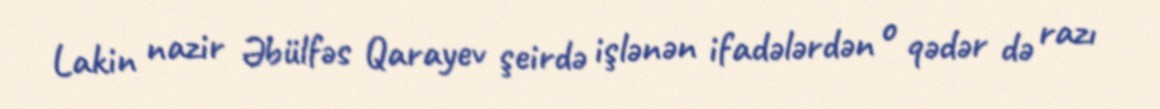
Lakin nazir Əbülfəs Qarayev şeirdə işlənən ifadələrdən o qədər də razı